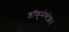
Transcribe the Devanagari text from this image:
डॉकूमेण्टेशन